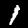
Digit: 1